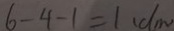
6 - 4 - 1 = 1 ( d m )